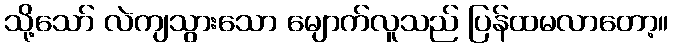
သို့သော် လဲကျသွားသော မျောက်လူသည် ပြန်ထမလာတော့။